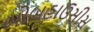
બોબહાઉસીસ